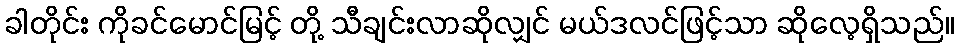
ခါတိုင်း ကိုခင်မောင်မြင့် တို့ သီချင်းလာဆိုလျှင် မယ်ဒလင်ဖြင့်သာ ဆိုလေ့ရှိသည်။